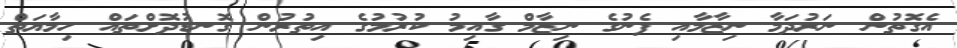
އެގޮތުން ނަރުދަމާ ނިޒާމާއި ފެނުގެ ނިޒާމް ގާއިމު ކުރުމުގެ އިތުރުން ގޮނޑުދޮށްތައް ހިމާޔަތް